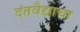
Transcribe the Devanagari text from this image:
दंतवैद्याचा